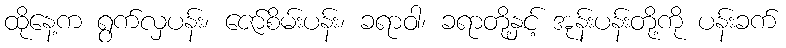
ထိုနေ့က ရွက်လှပန်း၊ ဇော်စိမ်းပန်း၊ ခရာဝါ၊ ခရာတို့နှင့် အုန်းပန်းတို့ကို ပန်းခက်